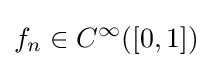
f_{n}\in C^{\infty }([0,1])